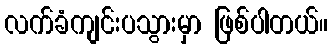
လက်ခံကျင်းပသွားမှာ ဖြစ်ပါတယ်။